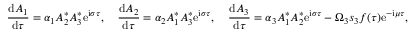
\frac { \mathrm { d } { A _ { 1 } } } { \mathrm { d } { \tau } } = \alpha _ { 1 } A _ { 2 } ^ { * } A _ { 3 } ^ { * } \mathrm { e } ^ { \mathrm { i } \sigma \tau } , \quad \frac { \mathrm { d } { A _ { 2 } } } { \mathrm { d } { \tau } } = \alpha _ { 2 } A _ { 1 } ^ { * } A _ { 3 } ^ { * } \mathrm { e } ^ { \mathrm { i } \sigma \tau } , \quad \frac { \mathrm { d } { A _ { 3 } } } { \mathrm { d } { \tau } } = \alpha _ { 3 } A _ { 1 } ^ { * } A _ { 2 } ^ { * } \mathrm { e } ^ { \mathrm { i } \sigma \tau } - \Omega _ { 3 } s _ { 3 } f ( \tau ) \mathrm { e } ^ { - \mathrm { i } \mu \tau } ,